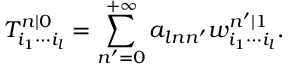
T _ { i _ { 1 } \cdots i _ { l } } ^ { n | 0 } = \sum _ { n ^ { \prime } = 0 } ^ { + \infty } a _ { l n n ^ { \prime } } w _ { i _ { 1 } \cdots i _ { l } } ^ { n ^ { \prime } | 1 } .